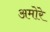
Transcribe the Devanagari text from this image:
अमोरे